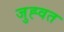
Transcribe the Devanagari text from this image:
जुह्वत